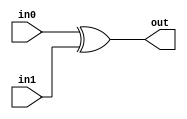
module xorgate(in0,in1,out);
input in0,in1;
output out;
//and and1(out,in0,in1);
assign out = in0 ^ in1; // please check out under what this comes

endmodule